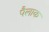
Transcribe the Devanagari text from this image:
पैलाक